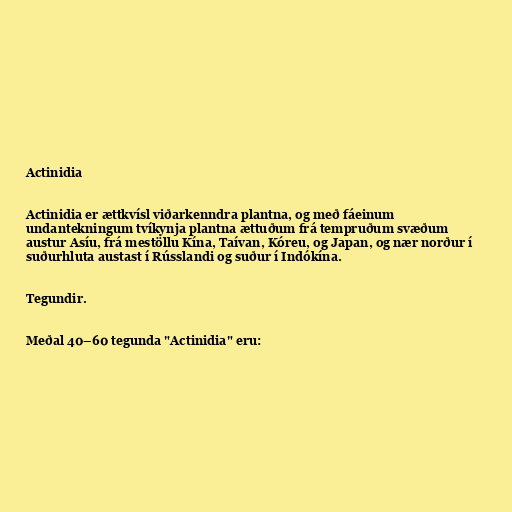
Actinidia

Actinidia er ættkvísl viðarkenndra plantna, og með fáeinum
undantekningum tvíkynja plantna ættuðum frá tempruðum svæðum
austur Asíu, frá mestöllu Kína, Taívan, Kóreu, og Japan, og nær norður í
suðurhluta austast í Rússlandi og suður í Indókína.

Tegundir.

Meðal 40–60 tegunda "Actinidia" eru: